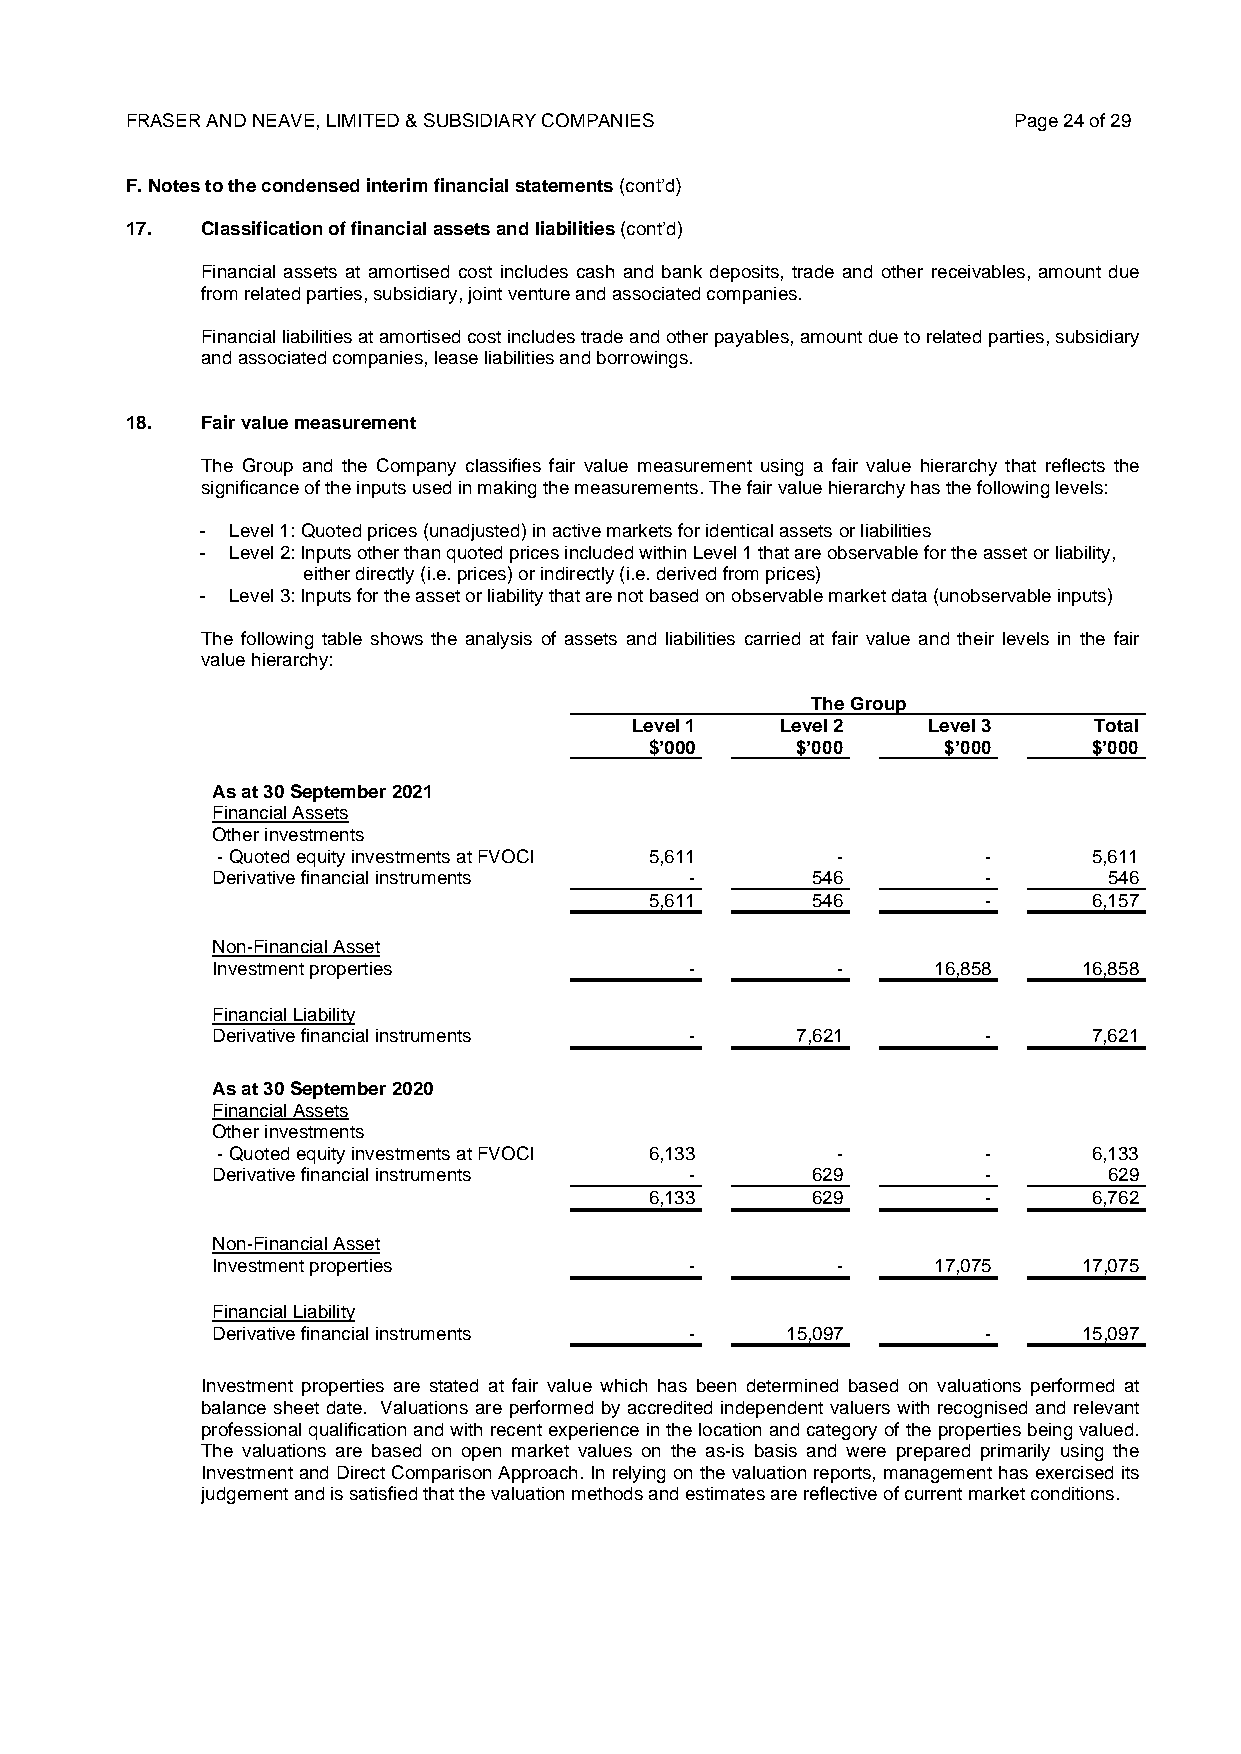
FRASER AND NEAVE, LIMITED & SUBSIDIARY COMPANIES           Page 24 of 29
 F. Notes to the condensed interim financial statements (cont’d)
 17.  Classification of financial assets and liabilities (cont’d)
 Financial assets at amortised cost includes cash and bank deposits, trade and other receivables, amount due
 from related parties, subsidiary, joint venture and associated companies.
 Financial liabilities at amortised cost includes trade and other payables, amount due to related parties, subsidiary
 and associated companies, lease liabilities and borrowings.
 18.  Fair value measurement
 The Group and the Company classifies fair value measurement using a fair value hierarchy that reflects the
 significance of the inputs used in making the measurements. The fair value hierarchy has the following levels:
 - Level 1: Quoted prices (unadjusted) in active markets for identical assets or liabilities
 - Level 2: Inputs other than quoted prices included within Level 1 that are observable for the asset or liability,
 either directly (i.e. prices) or indirectly (i.e. derived from prices)
 - Level 3: Inputs for the asset or liability that are not based on observable market data (unobservable inputs)
 The following table shows the analysis of assets and liabilities carried at fair value and their levels in the fair
 value hierarchy:
 The Group
 Level 1   Level 2  Level 3    Total
 $’000     $’000    $’000     $’000
 As at 30 September 2021
 Financial Assets
 Other investments
 - Quoted equity investments at FVOCI 5,611 -       -      5,611
 Derivative financial instruments -      546        -       546
 5,611      546        -      6,157
 Non-Financial Asset
 Investment properties           -        -      16,858    16,858
 Financial Liability
 Derivative financial instruments -     7,621       -      7,621
 As at 30 September 2020
 Financial Assets
 Other investments
 - Quoted equity investments at FVOCI 6,133 -       -      6,133
 Derivative financial instruments -      629        -       629
 6,133      629        -      6,762
 Non-Financial Asset
 Investment properties           -        -      17,075    17,075
 Financial Liability
 Derivative financial instruments -    15,097       -      15,097
 Investment properties are stated at fair value which has been determined based on valuations performed at
 balance sheet date. Valuations are performed by accredited independent valuers with recognised and relevant
 professional qualification and with recent experience in the location and category of the properties being valued.
 The valuations are based on open market values on the as-is basis and were prepared primarily using the
 Investment and Direct Comparison Approach. In relying on the valuation reports, management has exercised its
 judgement and is satisfied that the valuation methods and estimates are reflective of current market conditions.